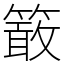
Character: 𥴊